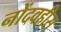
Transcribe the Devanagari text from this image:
नोंदवहीस